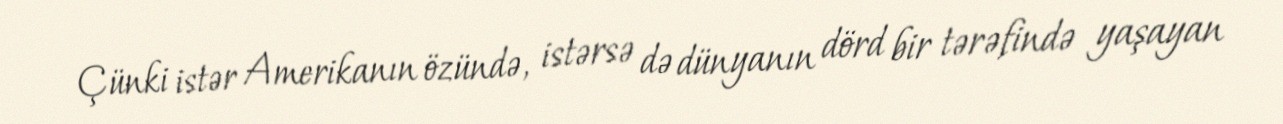
Çünki istər Amerikanın özündə, istərsə də dünyanın dörd bir tərəfində yaşayan